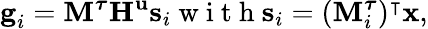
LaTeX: \begin{array}{r}{\textbf{g}_{i}=\textbf{M}^{\boldsymbol{\tau}}\textbf{H}^{\textbf{u}}\textbf{s}_{i}\mathrm{~w~i~t~h~}\textbf{s}_{i}=(\textbf{M}_{i}^{\boldsymbol{\tau}})^{\intercal}\textbf{x},}\end{array}